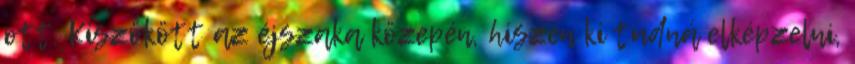
ott. Kiszökött az éjszaka közepén, hiszen ki tudná elképzelni,